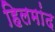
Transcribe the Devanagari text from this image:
हिलमांद